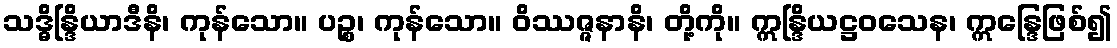
သဒ္ဓိန္ဒြိယာဒီနိ၊ ကုန်သော။ ပဉ္စ၊ ကုန်သော။ ဝိဿဇ္ဇနာနိ၊ တို့ကို။ ဣန္ဒြိယဋ္ဌဝသေန၊ ဣန္ဒြေဖြစ်၍